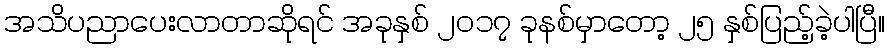
အသိပညာပေးလာတာဆိုရင် အခုနှစ် ၂၀၁၇ ခုနစ်မှာတော့ ၂၅ နှစ်ပြည့်ခဲ့ပါပြီ။